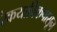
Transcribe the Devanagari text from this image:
रेकयाविकपासून